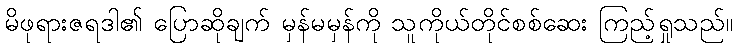
မိဖုရားဇရဒါ၏ ပြောဆိုချက် မှန်မမှန်ကို သူကိုယ်တိုင်စစ်ဆေး ကြည့်ရှုသည်။